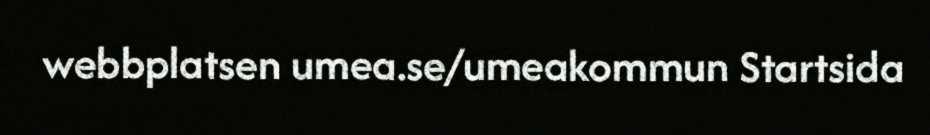
webbplatsen umea.se/umeakommun Startsida